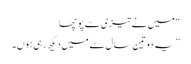
“ میں نے تیزی سے پوچھا
” یہ دو تین سال سے میں دیکھ رہی ہوں۔